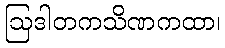
ဩဒါတကသိဏကထာ၊